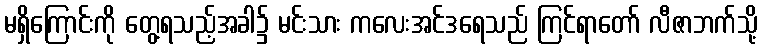
မရှိကြောင်းကို တွေ့ရသည့်အခါ၌ မင်းသား ကလေးအင်ဒရေသည် ကြင်ရာတော် လီဇာဘက်သို့